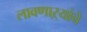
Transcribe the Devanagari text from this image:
लावणाऱ्यांचे